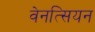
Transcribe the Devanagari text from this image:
वेनत्सियन